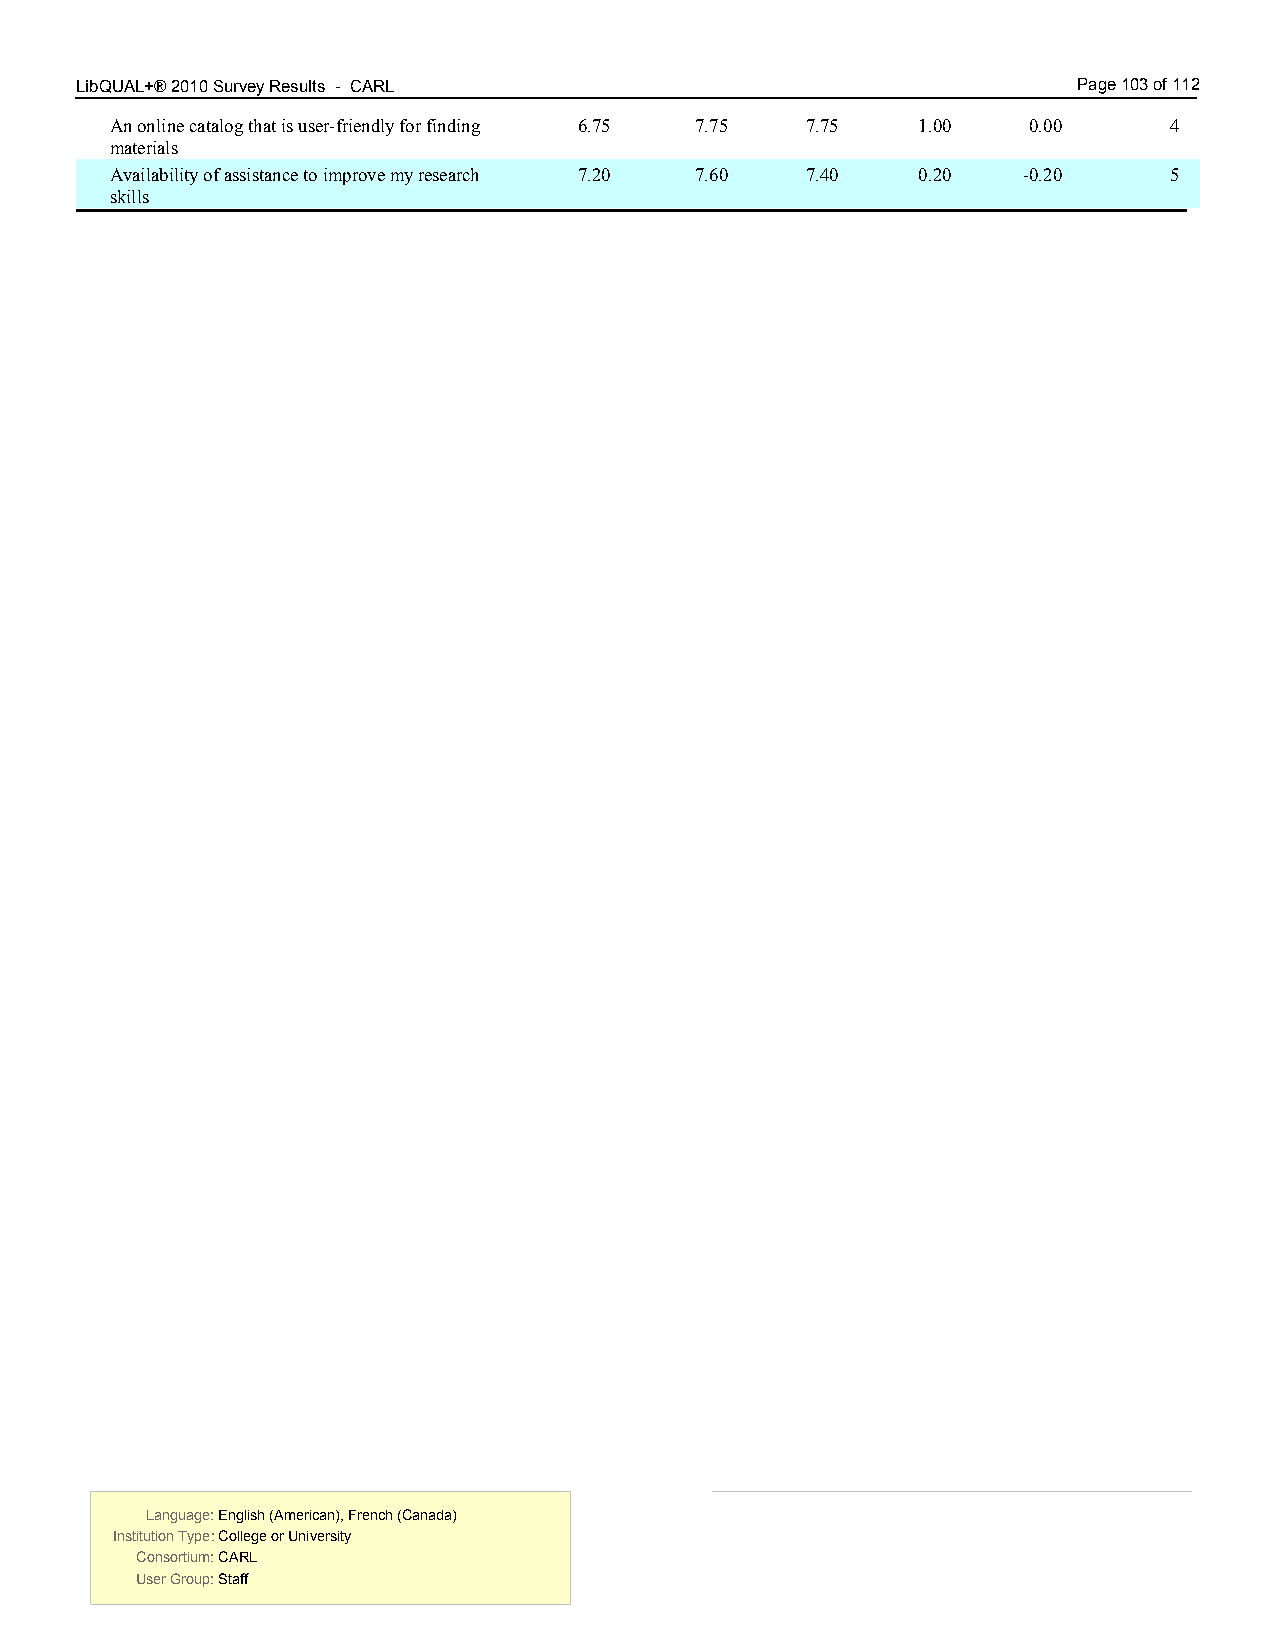
LibQUAL+® 2010 Survey Results - CARL 8.00                         Page 103 of 112
 An online catalog that is user-friendly for finding 6.75 7.75 7.75 1.00 0.00 4
 materials
 Availability of assistance to improve my research 7.20 7.60 7.40 0.20 -0.20 5
 skills
 Language: English (American), French (Canada) Language: English (American), French (Canada)
 Institution Type: College or University  Institution Type: College or University
 Consortium: CARL                         Consortium: CARL
 User Group: Staff                        User Group: Staff